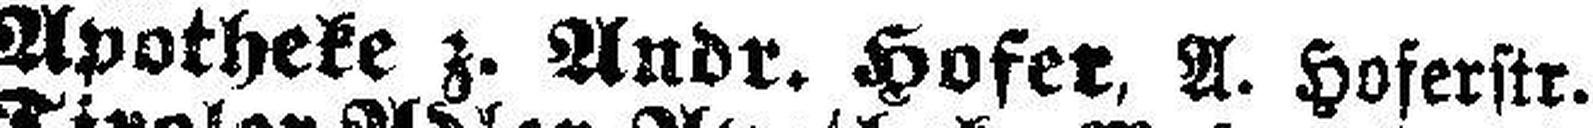
Apotheke z. Andr. Hofer, A. Hoferstr.